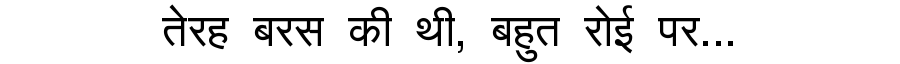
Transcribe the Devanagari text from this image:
तेरह बरस की थी, बहुत रोई पर...